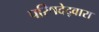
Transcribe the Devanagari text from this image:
परिषदेद्वारा